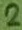
Text: 2